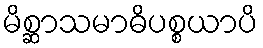
မိစ္ဆာသမာဓိပစ္စယာပိ